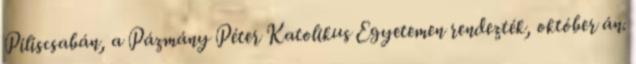
Piliscsabán, a Pázmány Péter Katolikus Egyetemen rendezték, október án.